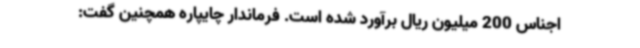
اجناس 200 میلیون ریال برآورد شده است. فرماندار چایپاره همچنین گفت: